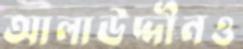
আলাউদ্দীনও